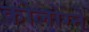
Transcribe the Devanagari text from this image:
कोलोग्ने